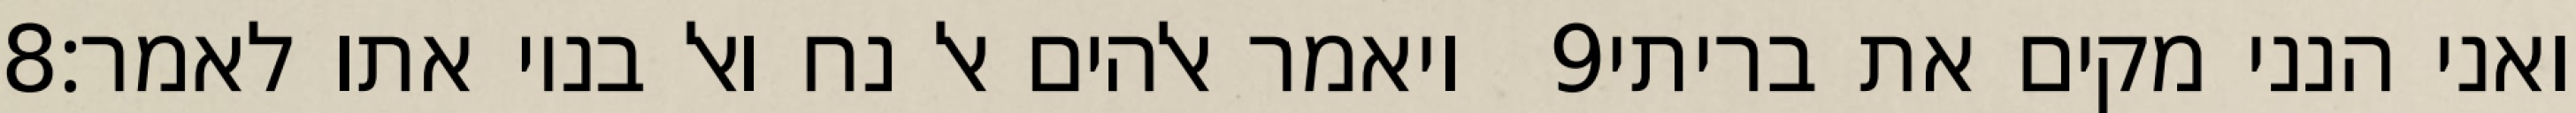
‎8‏ ויאמר אלהים אל נח ואל בניו אתו לאמר׃ ‎9‏ ואני הנני מקים את בריתי